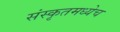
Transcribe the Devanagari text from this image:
संस्कृतमध्येच